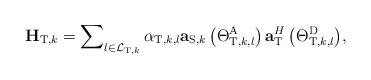
LaTeX: \begin{align*} {{\bf{H}}_{{\rm{T}},k}} = \sum\nolimits_{l \in {\mathcal L}_{{\rm T},k}} {{\alpha _{{\rm{T}},k,l}}{{\bf{a}}_{{\rm{S}},k}}\left( {\Theta _{{\rm{T}},k,l}^{\rm{A}}} \right){\bf{a}}_{\rm{T}}^H\left( {\Theta _{{\rm{T}},k,l}^{\rm{D}}} \right)} ,\end{align*}